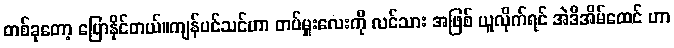
တစ်ခုတော့ ပြောနိုင်တယ်။ကျန်ပင်သင်ဟာ တပ်မှူးလေးကို လင်သား အဖြစ် ယူလိုက်ရင် အဲဒီအိမ်ထေင် ဟာ